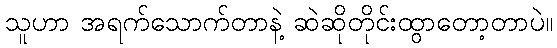
သူဟာ အရက်သောက်တာနဲ့ ဆဲဆိုတိုင်းထွာတော့တာပဲ။